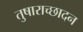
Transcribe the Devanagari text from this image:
तुषाराच्छादन